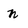
Character: n